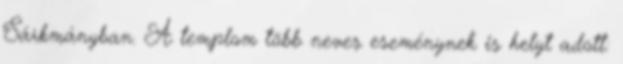
Sárkmányban. A templom több neves eseménynek is helyt adott: